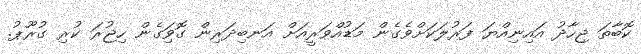
ކޮބާތަ ޖިހާދު އައިނިއްޔަ ފަރުލަކަށްވެގެން މަޑުއްވަރީއަށް އަނބިދަރިން ގޮވަިގެން ހިޖުރަ ކުރި ގުރޫޕު.